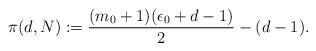
LaTeX: \begin{align*} \pi(d, N) := \frac{( m_0 + 1) (\epsilon_0 + d - 1)}{2} - (d-1). \end{align*}